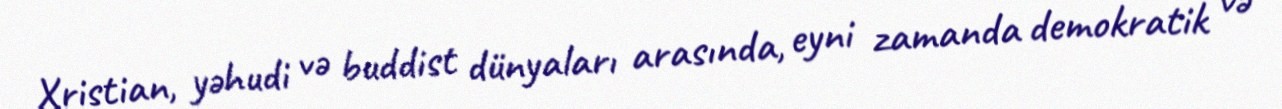
Xristian, yəhudi və buddist dünyaları arasında, eyni zamanda demokratik və